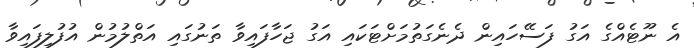
އެ ނޫޓެއްގެ އަގު ފަސޭހައިން ދެނެގަތުމަށްޓަކައި އަގު ޖަހާފައިވާ ތަނުގައި އަތްލުމުން އުފުލިފައިވާ